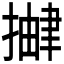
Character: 𫽹